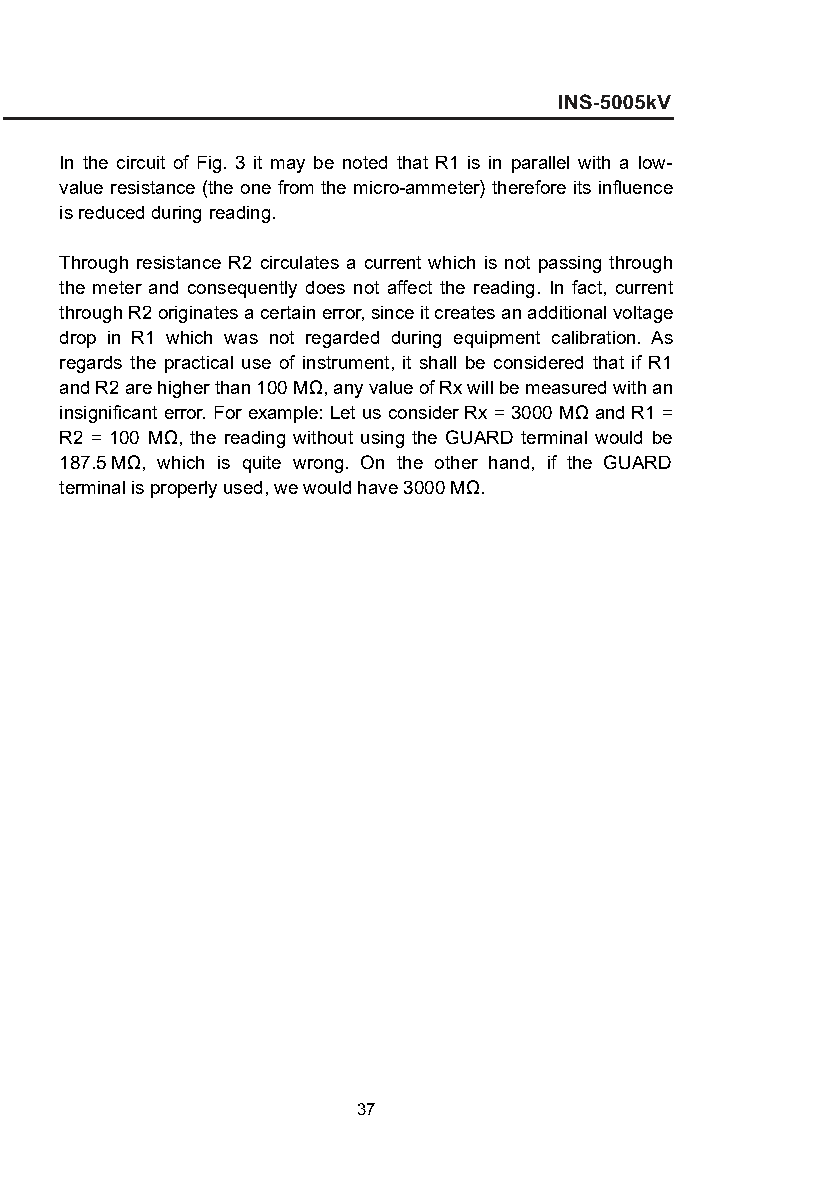
In the circuit of Fig. 3 it may be noted that R1 is in parallel with a low-
 value resistance (the one from the micro-ammeter) therefore its influence
 is reduced during reading.
 Through resistance R2 circulates a current which is not passing through
 the meter and consequently does not affect the reading. In fact, current
 through R2 originates a certain error, since it creates an additional voltage
 drop in R1 which was not regarded during equipment calibration. As
 regards the practical use of instrument, it shall be considered that if R1
 and R2 are higher than 100 MΩ, any value of Rx will be measured with an
 insignificant error. For example: Let us consider Rx = 3000 MΩ and R1 =
 R2 = 100 MΩ, the reading without using the GUARD terminal would be
 187.5 MΩ, which is quite wrong. On the other hand, if the GUARD
 terminal is properly used, we would have 3000 MΩ.
 37